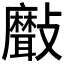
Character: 𣀯